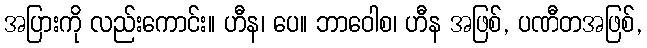
အပြားကို လည်းကောင်း။ ဟီန၊ ပေ။ ဘာဝေါစ၊ ဟီန အဖြစ်, ပဏီတအဖြစ်,